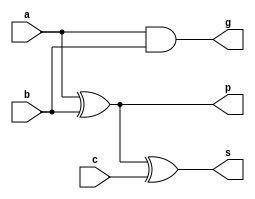
`timescale 1ns/1ps

module full_adder(
  input  a,
  input  b,
  input  c,  
  output s,
  output p,
  output g
);

  
   assign p = a ^ b;
   assign s = p ^ c;
   assign g = a & b;
   

endmodule